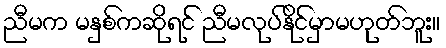
ညီမက မနှစ်ကဆိုရင် ညီမလုပ်နိုင်မှာမဟုတ်ဘူး။